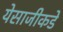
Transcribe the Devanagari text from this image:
येसाजीकडे